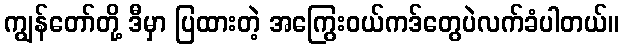
ကျွန်တော်တို့ ဒီမှာ ပြထားတဲ့ အကြွေးဝယ်ကဒ်တွေပဲလက်ခံပါတယ်။